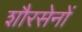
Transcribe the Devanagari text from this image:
शौरसेनों